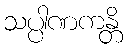
သပ္ပါဏကန္တိ